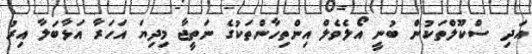
އަދި ސްކޫލްތަކުން ބުނީ އޯލެވެލް އިންތިހާންތަކުގެ ނަތީޖާ މިދިޔަ އަހަރާ އަޅާބަލާ އިރު